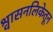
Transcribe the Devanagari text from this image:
श्वासनलिकेतून